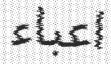
اعباء